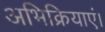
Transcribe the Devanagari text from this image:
अभिक्रियाएं।